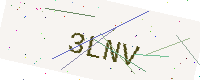
Text: 3LNV